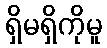
ရှိမရှိကိုမူ